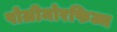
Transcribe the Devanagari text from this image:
पोलीमोरफिज्म